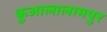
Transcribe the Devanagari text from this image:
कुआलालामपुर